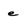
Character: e